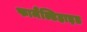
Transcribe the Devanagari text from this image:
फामैंल्डिहाइड